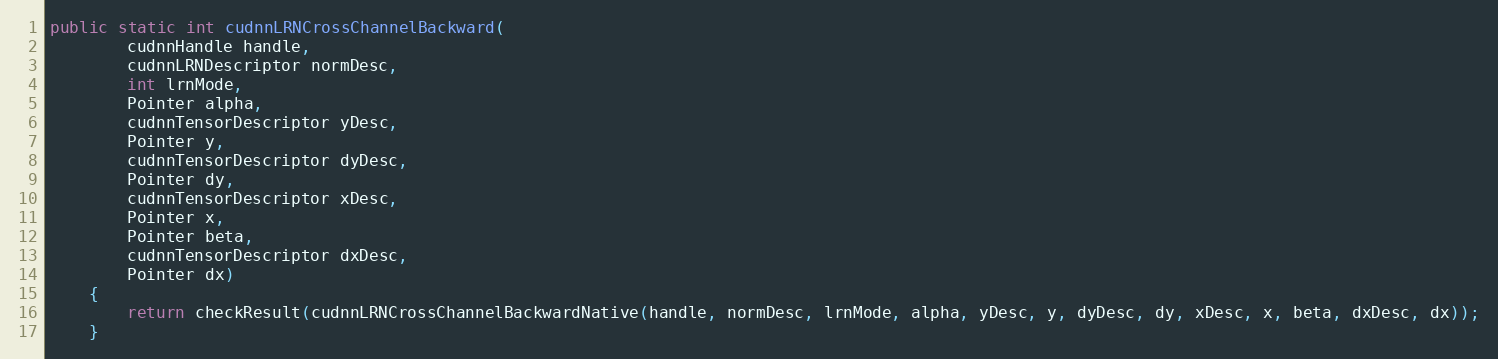
Language: Java
public static int cudnnLRNCrossChannelBackward(
        cudnnHandle handle,
        cudnnLRNDescriptor normDesc,
        int lrnMode,
        Pointer alpha,
        cudnnTensorDescriptor yDesc,
        Pointer y,
        cudnnTensorDescriptor dyDesc,
        Pointer dy,
        cudnnTensorDescriptor xDesc,
        Pointer x,
        Pointer beta,
        cudnnTensorDescriptor dxDesc,
        Pointer dx)
    {
        return checkResult(cudnnLRNCrossChannelBackwardNative(handle, normDesc, lrnMode, alpha, yDesc, y, dyDesc, dy, xDesc, x, beta, dxDesc, dx));
    }